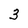
Character: 3